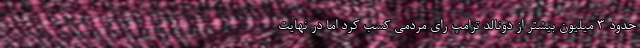
حدود ۳ میلیون بیشتر از دونالد ترامپ رای مردمی کسب کرد اما در نهایت